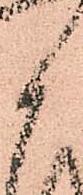
御